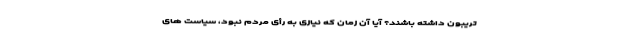
تریبون داشته باشند؟ آیا آن زمان که نیازی به رأی مردم نبود، سیاست های